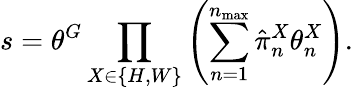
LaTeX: s=\theta^{G}\prod_{X\in\{ H,W\} }\left(\sum_{n=1}^{n_{\operatorname*{max}}}\hat{\pi}_{n}^{X}\theta_{n}^{X}\right).